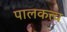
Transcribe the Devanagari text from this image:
पालकत्त्व